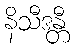
နိသီဒန္တီ